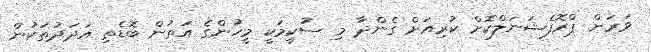
ވަރަށް ޕްރޮފެޝަނަލްކޮށް ކުރިއަށް ގެންދާ މި ސުކީމަކީ މީހުންގެ އަތުން ބޮޑެތި އަދަދުތަކުން